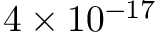
4 \times 1 0 ^ { - 1 7 }